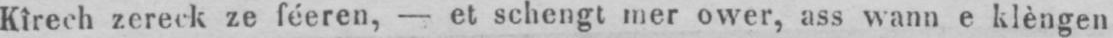
Kîrech zereck ze féeren, - et schengt mer ower, ass wann e klèngen